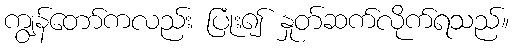
ကျွန်တော်ကလည်း ပြုံး၍ နှုတ်ဆက်လိုက်ရသည်။